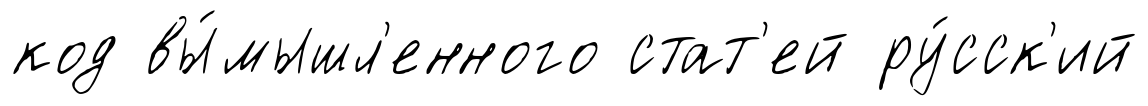
код вы́мышл'енного стат'ей ру́сск'ий